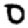
Digit: 0